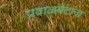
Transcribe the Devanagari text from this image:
प्रवाळबेटांना